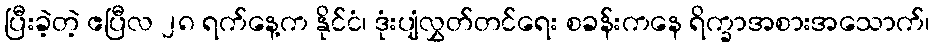
ပြီးခဲ့တဲ့ ဧပြီလ ၂၈ ရက်နေ့က နိုင်ငံ၊ ဒုံးပျံလွှတ်တင်ရေး စခန်းကနေ ရိက္ခာအစားအသောက်၊